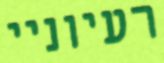
רעיוניי